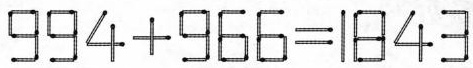
$$9 9 4 + 9 6 6 = 1 8 4 3$$